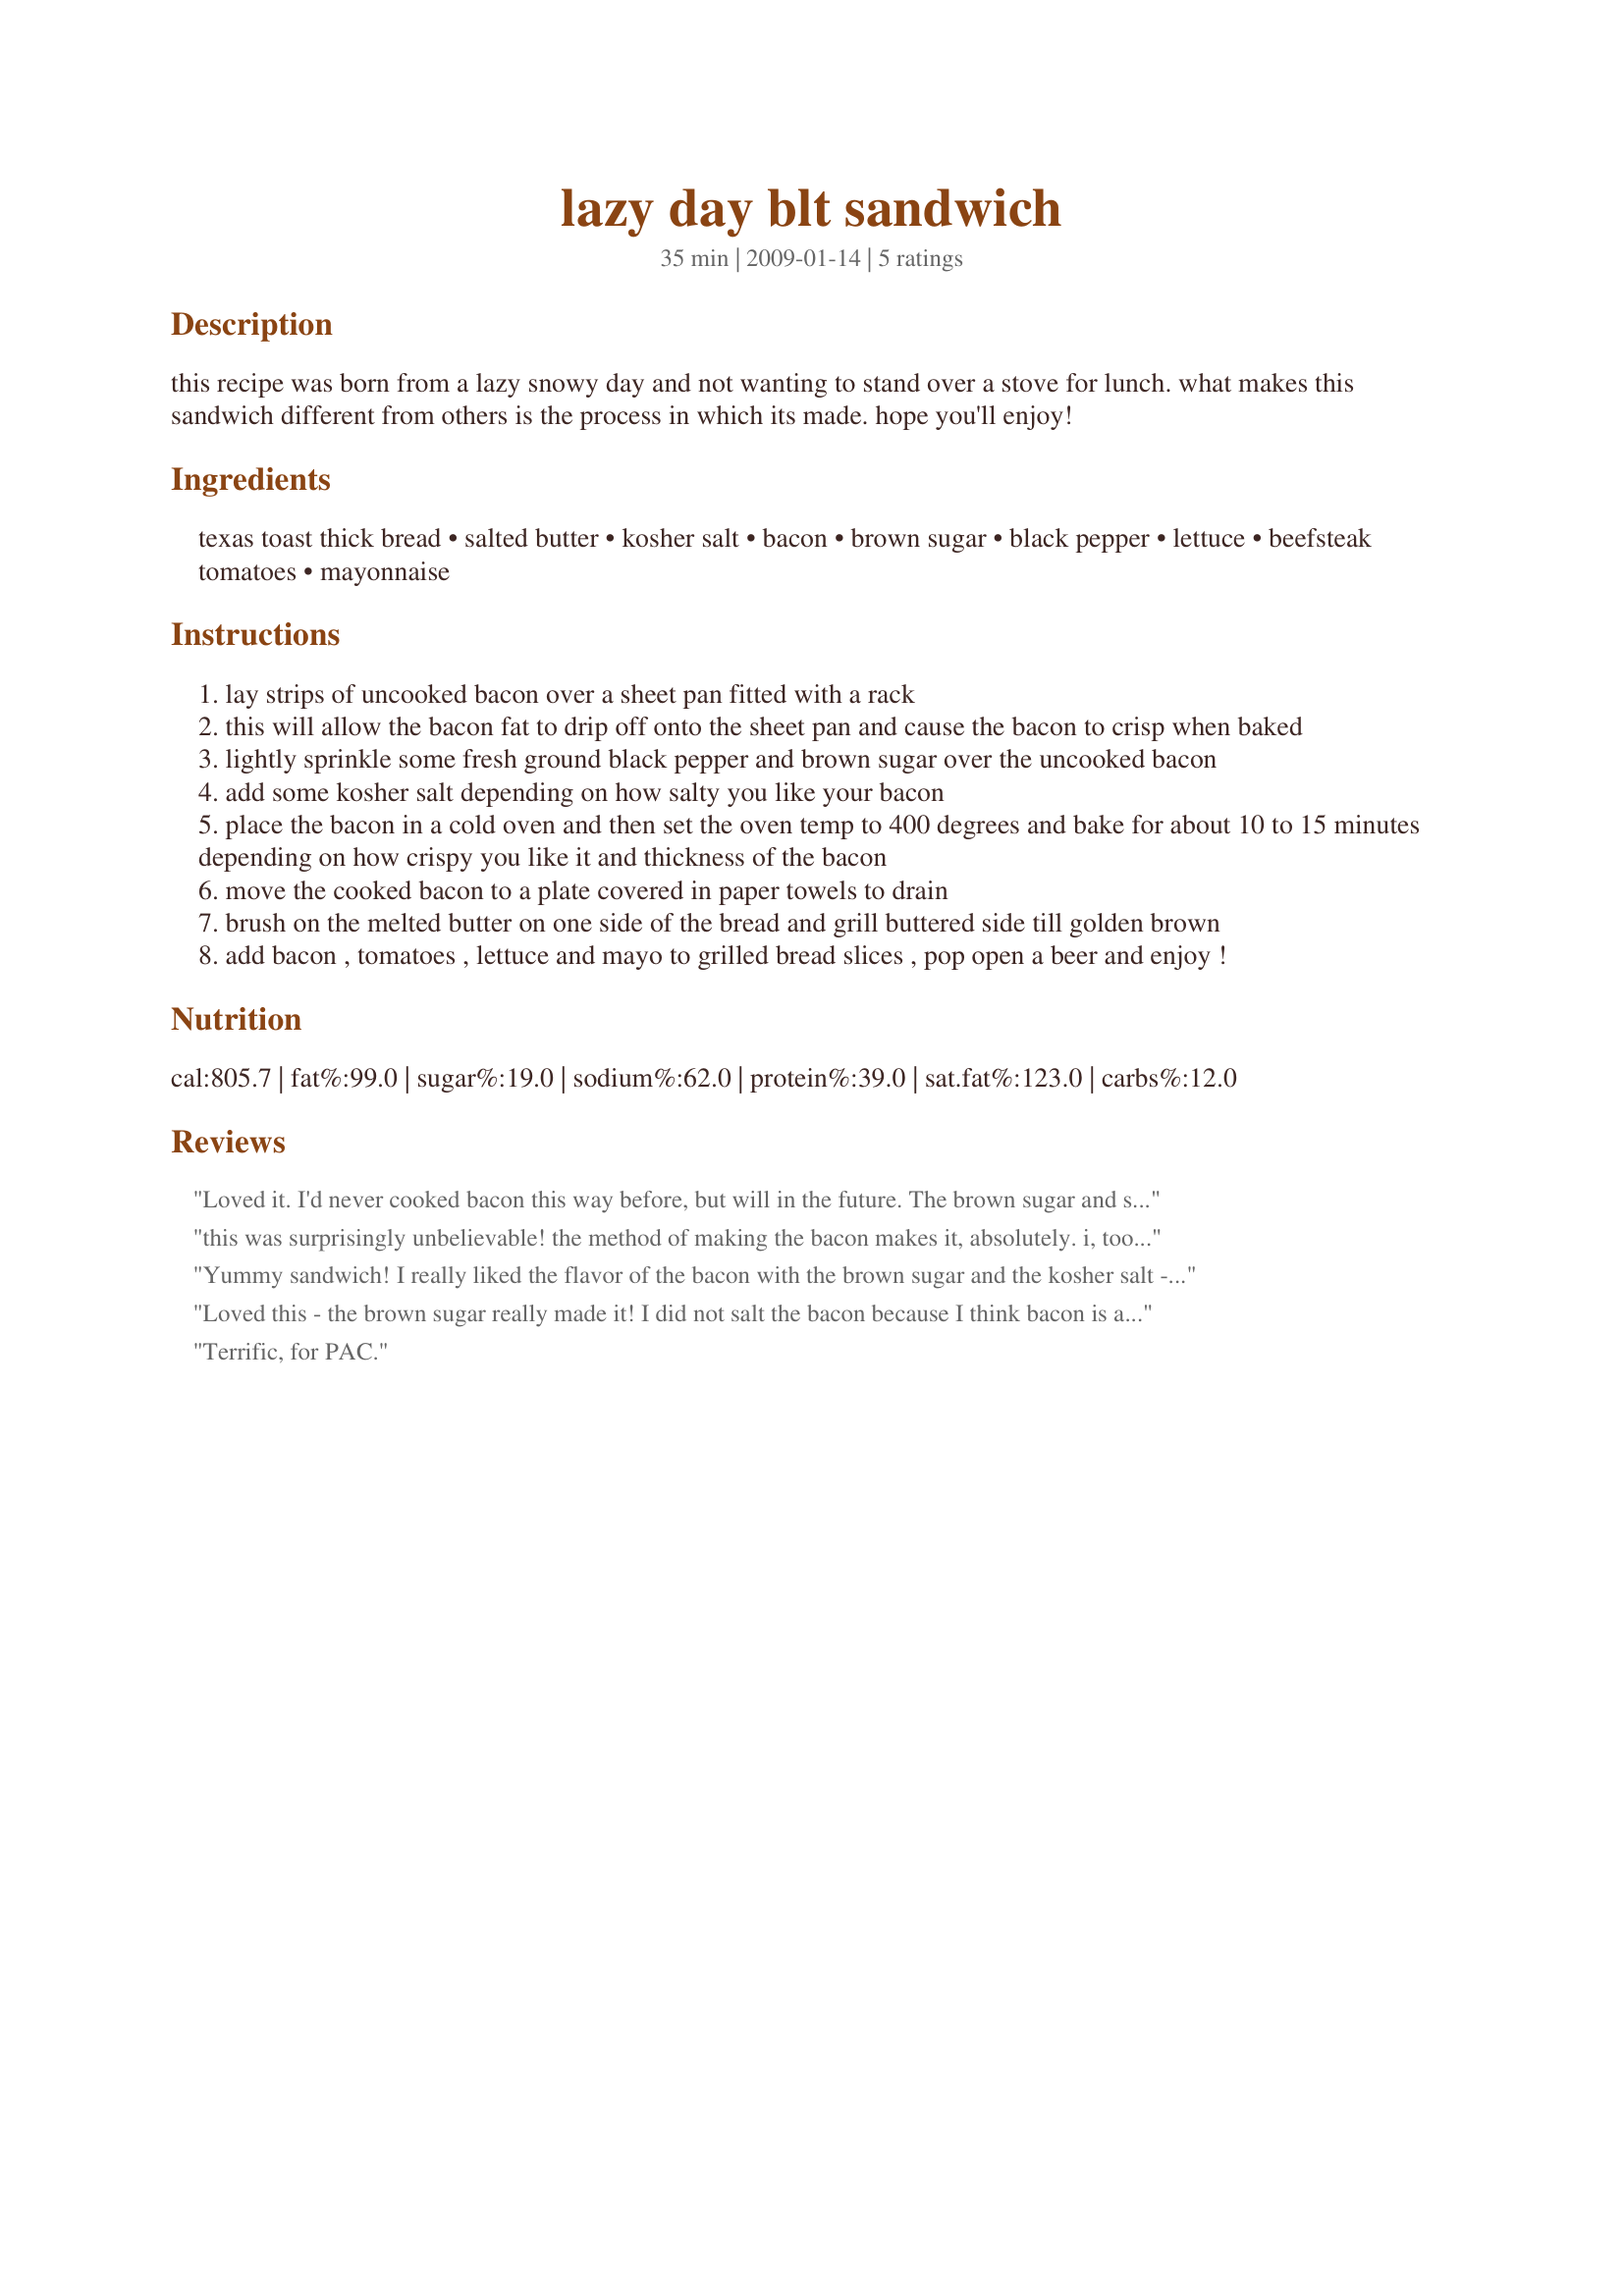
lazy day blt sandwich
Preparation time: 35 minutes

this recipe was born from a lazy snowy day and not wanting to stand over a stove for lunch. what makes this sandwich different from others is the process in which its made. hope you'll enjoy!

Ingredients:
texas toast thick bread, salted butter, kosher salt, bacon, brown sugar, black pepper, lettuce, beefsteak tomatoes, mayonnaise

Steps:
lay strips of uncooked bacon over a sheet pan fitted with a rack
this will allow the bacon fat to drip off onto the sheet pan and cause the bacon to crisp when baked
lightly sprinkle some fresh ground black pepper and brown sugar over the uncooked bacon
add some kosher salt depending on how salty you like your bacon
place the bacon in a cold oven and then set the oven temp to 400 degrees and bake for about 10 to 15 minutes depending on how crispy you like it and thickness of the bacon
move the cooked bacon to a plate covered in paper towels to drain
brush on the melted butter on one side of the bread and grill buttered side till golden brown
add bacon , tomatoes , lettuce and mayo to grilled bread slices , pop open a beer and enjoy !

Reviews:
Loved it. I'd never cooked bacon this way before, but will in the future. The brown sugar and salt just did something amazing to the bacon. This is no ordinary BLT. Thanks for sharing your recipe. Made for Spring PAC 2009.
this was surprisingly unbelievable! the method of making the bacon makes it, absolutely. i, too, omitted the salt, but the brown sugar and pepper took the protein to a new level! i sliced the top and bottom ridge off of a quarter of fresh baguette, so as to acquire a flat surface to grill the bread. i knew i was craving a blt, but this beyond hit the spot! i don't know if i'll ever cook my bacon in another fashion, ever again. thank you for a delicious sandwich!
Yummy sandwich! I really liked the flavor of the bacon with the brown sugar and the kosher salt - very nice. Thanks for sharing Thebowlerchef. Made for PAC Spring 2009.
Loved this - the brown sugar really made it! I did not salt the bacon because I think bacon is already pretty salty. Used Boston lettuce and added a slice of cheddar cheese - delicious!
Terrific, for PAC.
